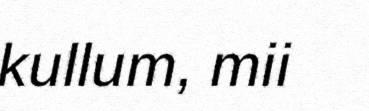
kullum, mii